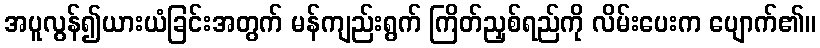
အပူလွန်၍ယားယံခြင်းအတွက် မန်ကျည်းရွက် ကြိတ်ညှစ်ရည်ကို လိမ်းပေးက ပျောက်၏။